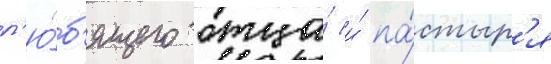
л'ю́б'ящего отца́ и́ па́стыр'я